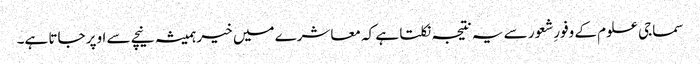
سماجی علوم کے وفورِشعور سے یہ نتیجہ نکلتا ہے کہ معاشرے میں خیر ہمیشہ نیچے سے اوپر جاتا ہے۔